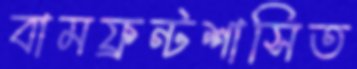
বামফ্রন্টশাসিত